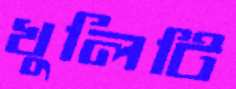
খুলিটি